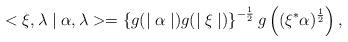
LaTeX: \begin{align*} <\xi ,\lambda \mid \alpha ,\lambda > = \left\{g(\mid \alpha \mid) g(\mid \xi \mid )\right\}^{-\frac{1}{2}} g\left((\xi^{*}\alpha)^{\frac{1}{2}}\right),\end{align*}